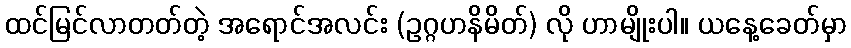
ထင်မြင်လာတတ်တဲ့ အရောင်အလင်း (ဥဂ္ဂဟနိမိတ်) လို ဟာမျိုးပါ။ ယနေ့ခေတ်မှာ